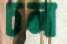
চলা